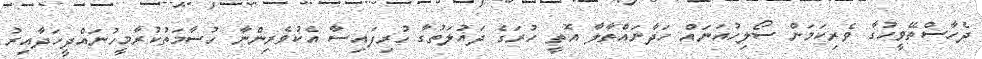
ދެހާސްތޭވީހުގާ ވެރިކަމަން ސޯލިހުއަނައް ހަދާނައްތާލާ އޮތީ ހުރަގެ ދައުލަތުގާ ހުރިފައިސާ އެކުވެރިންނާ ހުސާމަތުކުރާމީހުނައްދީހަދާއިރު